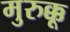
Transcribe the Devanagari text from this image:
मुरुक्कू